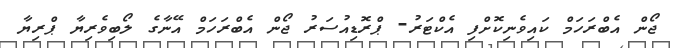
ޖޯން އެބްރަހަމް ކައިވެނިކޮށްފި އެކްޓަރު- ޕްރޮޑިއުސަރު ޖޯން އެބްރަހަމް އޭނާގެ ލޯބިވެރިޔާ ޕްރިޔާ